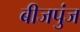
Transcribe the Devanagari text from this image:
बीजपुंज